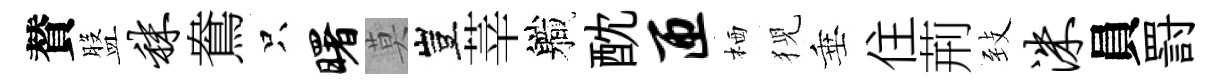
賛盤秣鴦只曙莫豈莘軄酖匝栖猊垂住荊𦤺洙員罸